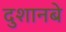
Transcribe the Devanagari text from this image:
दुशानबे